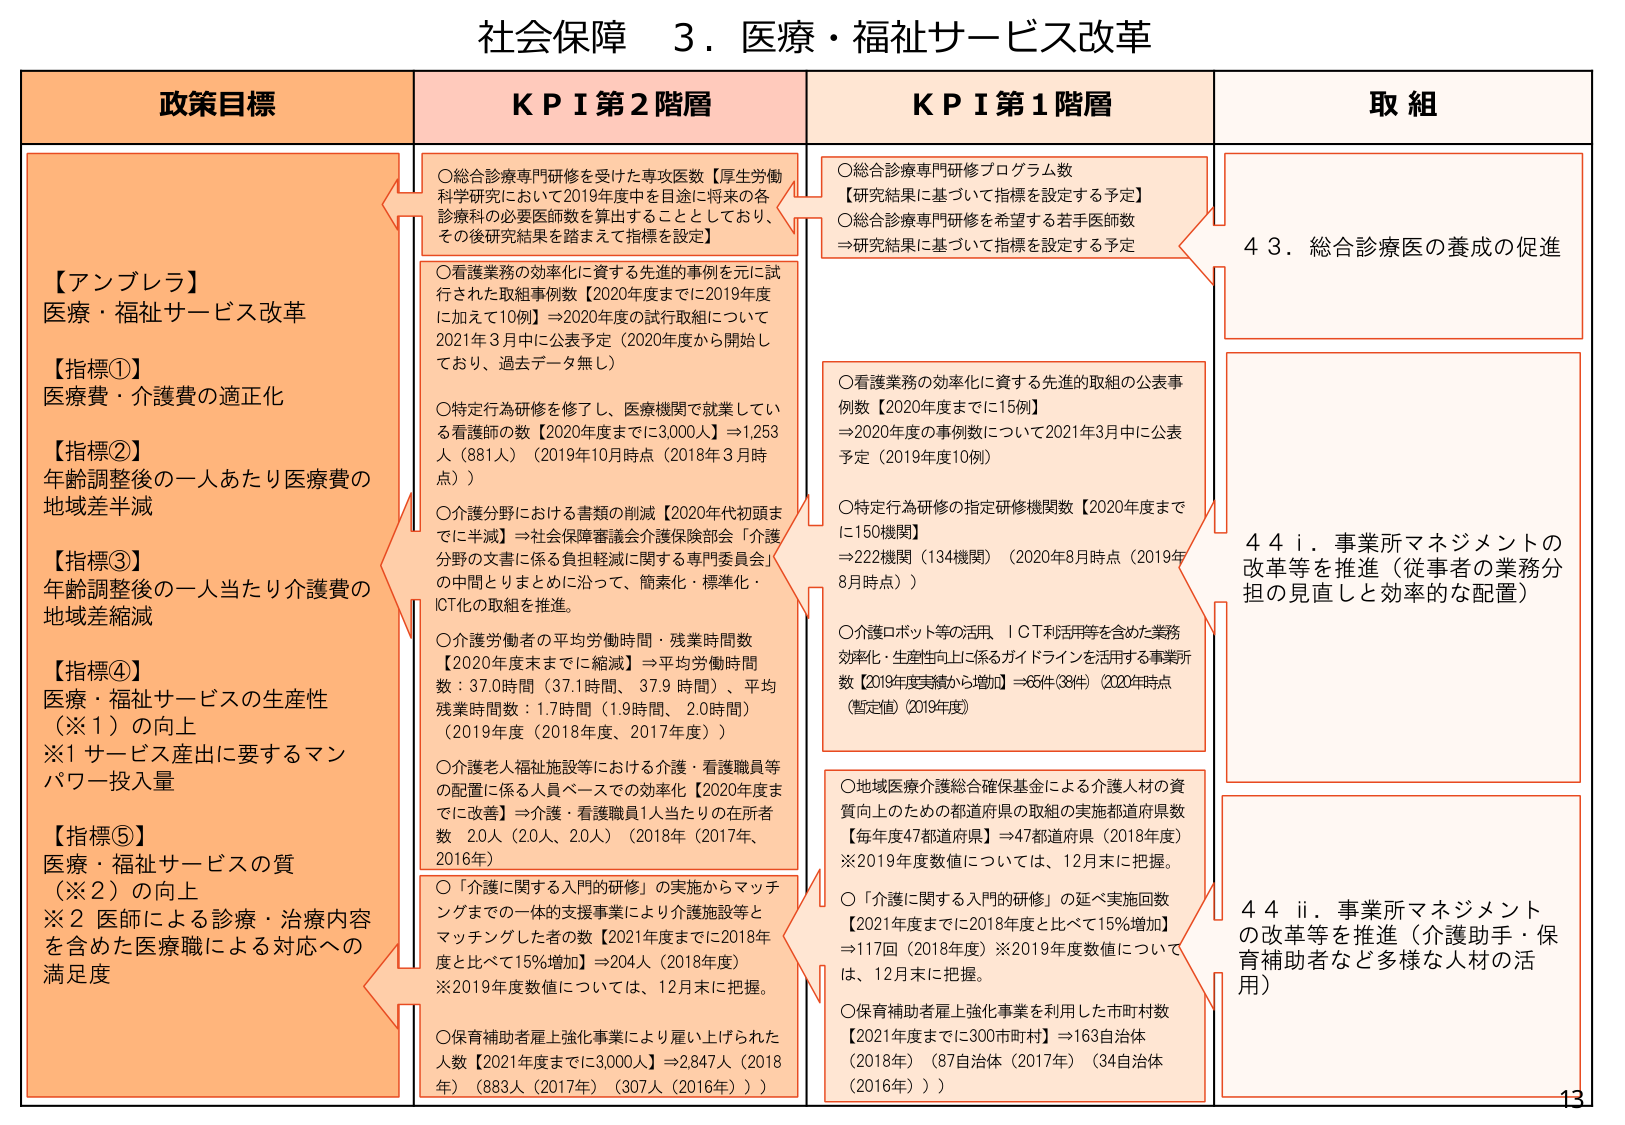
社会保障 3．医療・福祉サービス改革

政策目標

【アンブレラ】
医療・福祉サービス改革

【指標①】
医療費・介護費の適正化

【指標②】
年齢調整後の一人あたり医療費の
地域差半減

【指標③】
年齢調整後の一人あたり介護費の
地域差縮減

【指標④】
医療・福祉サービスの生産性
（※1）の向上
※1 サービス産出に要するマン
パワー投入量

【指標⑤】
医療・福祉サービスの質
（※2）の向上
※2 医師による診療・治療内容
を含めた医療職による対応への
満足度

KPI 第2階層

○総合診療専門研修を受けた専攻医数【厚生労働
科学研究において2019年度中を目途に将来の各
診療科の必要医師数を算出することとしており、
その後研究結果を踏まえて指標を設定】

○看護業務の効率化に資する先進的事例を元に試
行された取組事例数【2020年度までに2019年度
に加えて10例】⇒2020年度の試行取組について
2021年3月中に公表予定（2020年度から開始し
ており、過去データ無し）

○特定行為研修を修了し、医療機関で就業してい
る看護師の数【2020年度までに3,000人】⇒1,253
人（881人）（2019年10月時点（2018年3月時
点））

○介護分野における書類の削減【2020年代初頭ま
でに半減】⇒社会保障審議会介護保険部会「介護
分野の文書に係る負担軽減に関する専門委員会」
の中間とりまとめに沿って、簡素化・標準化・
ICT化の取組を推進。

○介護労働者の平均労働時間・残業時間数
【2020年度末までに縮減】⇒平均労働時間
数：37.0時間（37.1時間、37.9 時間）、平均
残業時間数：1.7時間（1.9時間、2.0時間）
（2019年度（2018年度、2017年度））

○介護老人福祉施設等における介護・看護職員等
の配置に係る人員ベースでの効率化【2020年度ま
でに改善】⇒介護・看護職員1人当たりの在所者
数：2.0人（2.0人、2.0人）（2018年（2017年、
2016年））

○「介護に関する入門的研修」の実施からマッチ
ングまでの一体的支援事業により介護施設等と
マッチングした者の数【2021年度までに2018年
度と比べて15%増加】⇒204人（2018年度）
※2019年度数値については、12月末に把握。

○保育補助者雇上強化事業により雇い上げられた
人数【2021年度までに3,000人】⇒2,847人（2018
年）（883人（2017年）（307人（2016年）））

KPI 第1階層

○総合診療専門研修プログラム数
【研究結果に基づいて指標を設定する予定】
○総合診療専門研修を希望する若手医師数
⇒研究結果に基づいて指標を設定する予定

○看護業務の効率化に資する先進的取組の公表事
例数【2020年度までに15例】
⇒2020年度の事例数について2021年3月中に公表
予定（2019年度10例）

○特定行為研修の指定研修機関数【2020年度まで
に150機関】
⇒222機関（134機関）（2020年8月時点（2019年
8月時点））

○介護ロボット等の活用、ICT利活用等を含めた業務
効率化・生産性向上に係るガイドラインを活用する事業所
数【2019年度実績から増加】⇒65件（39件）（2020年時点
（暫定値）（2019年度））

○地域医療介護総合確保基金による介護人材の資
質向上のための都道府県の取組の実施都道府県数
【毎年度47都道府県】⇒47都道府県（2018年度）
※2019年度数値については、12月末に把握。

○「介護に関する入門的研修」の延べ実施回数
【2021年度までに2018年度と比べて15%増加】
⇒117回（2018年度）※2019年度数値については、12月末に把握。

○保育補助者雇上強化事業を利用した市町村数
【2021年度までに300市町村】⇒163自治体
（2018年）（87自治体（2017年）（34自治体
（2016年）））

取組

4 3．総合診療医の養成の促進

4 4 i．事業所マネジメントの
改革等を推進（従事者の業務分
担の見直しと効率的な配置）

4 4 ii．事業所マネジメント
の改革等を推進（介護助手・保
育補助者など多様な人材の活
用）

13